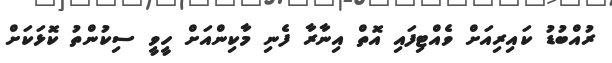
ރުއްބުޑު ކައިރިއަށް ވެއްޓިފައި އޮތް އިނާރާ ފެނި މާކިންއަށް ހީވީ ސިކުންތު ކޮޅަކަށް